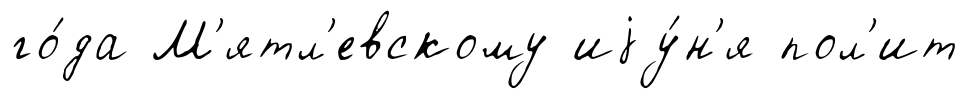
го́да М'ятл'евскому иjу́н'я пол'ит